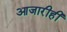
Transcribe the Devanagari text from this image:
आजारीही